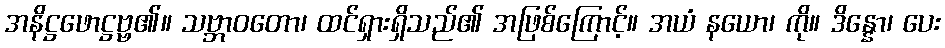
အနိဋ္ဌဖောဋ္ဌဗ္ဗ၏။ သဗ္ဘာဝတော၊ ထင်ရှားရှိသည်၏ အဖြစ်ကြောင့်။ အယံ နယော၊ ကို။ ဒိန္နော၊ ပေး